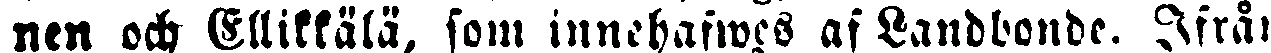
nen och Ellikkälä, som innehafwes af Landbonde. Ifrån